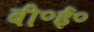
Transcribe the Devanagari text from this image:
बी॰ई॰